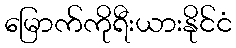
မြောက်ကိုရီးယားနိုင်ငံ